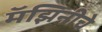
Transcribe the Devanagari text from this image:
मॅझिनीचे